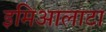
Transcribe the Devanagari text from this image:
इमिआलाटा